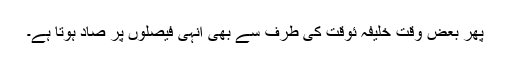
پھر بعض وقت خلیفہ ئوقت کی طرف سے بھی انہی فیصلوں پر صاد ہوتا ہے۔